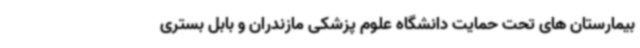
بیمارستان های تحت حمایت دانشگاه علوم پزشکی مازندران و بابل بستری